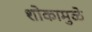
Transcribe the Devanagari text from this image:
शोकामुळे